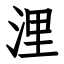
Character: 浬